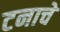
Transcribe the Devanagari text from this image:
टनाचे